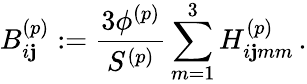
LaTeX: B_{i\mathbf{j}}^{(p)}:=\frac{{3\phi^{(p)}}}{{S^{(p)}}}\sum_{m=1}^{3}H_{i\mathbf{j}mm}^{(p)}\, .